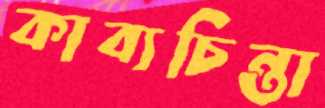
কাব্যচিন্তা